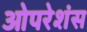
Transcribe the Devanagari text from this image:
ओपरेशंस